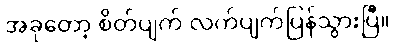
အခုတော့ စိတ်ပျက် လက်ပျက်ပြန်သွားပြီ။